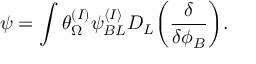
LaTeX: \psi = \int \theta _ { \Omega } ^ { ( I ) } \psi _ { B L } ^ { \langle I \rangle } D _ { L } \biggl ( { \frac { \delta } { \delta \phi _ { B } } } \biggr ) .